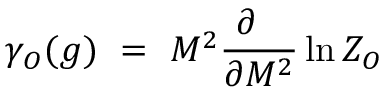
\gamma _ { \cal O } ( g ) ~ = ~ M ^ { 2 } \frac { \partial ~ ~ } { \partial M ^ { 2 } } \ln Z _ { \cal O }